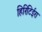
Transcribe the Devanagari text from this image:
हिरिटिईरा